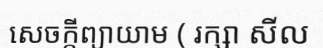
សេចក្តីព្យាយាម ( រក្សា សីល